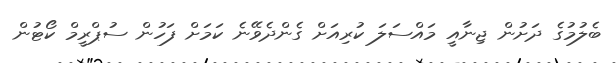
ބެލުމުގެ ދަށުން ޖިނާއީ މައްސަލަ ކުރިއަށް ގެންދެވޭނެ ކަމަށް ފަހުން ސުޕްރީމް ކޯޓުން